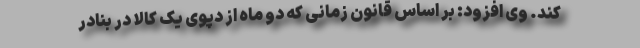
کند. وی افزود: بر اساس قانون زمانی که دو ماه از دپوی یک کالا در بنادر